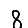
Digit: 8